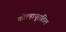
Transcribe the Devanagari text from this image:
कोल्हापूरातिल